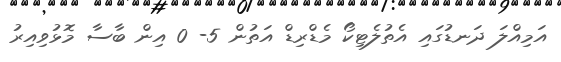
އަމިއްލަ ދަނޑުގައި އެތުލެޓިކޯ މެޑްރިޑް އަތުން 5- 0 އިން ބާސާ މޮޅުވިއިރު